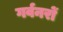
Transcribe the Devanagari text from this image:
गर्वनरों